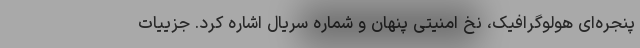
پنجره‌ای هولوگرافیک، نخ امنیتی پنهان و شماره سریال اشاره کرد. جزییات